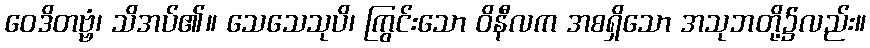
ဝေဒိတဗ္ဗံ၊ သိအပ်၏။ သေသေသုပိ၊ ကြွင်းသော ဝိနီလက အစရှိသော အသုဘတို့၌လည်း။